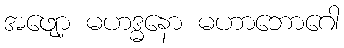
အဖျော့ မဟဒ္ဓနော မဟာဘောဂေါ